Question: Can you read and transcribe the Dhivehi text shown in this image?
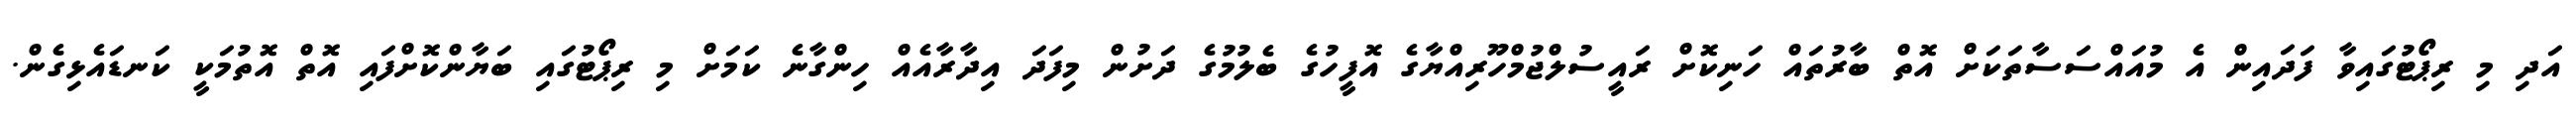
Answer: އަދި މި ރިޕޯޓުގައިވާ ފަދައިން އެ މުއައްސަސާތަކަށް އޮތް ބާރުތައް ހަނިކޮށް ރައީސުލްޖުމްހޫރިއްޔާގެ އޮފީހުގެ ބެލުމުގެ ދަށުން މިފަދަ އިދާރާއެއް ހިންގާނެ ކަމަށް މި ރިޕޯޓުގައި ބަޔާންކޮށްފައި އޮތް އޮތުމަކީ ކަނޑައެޅިގެން.